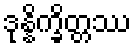
ဒုန္နိက္ခိတ္တဿ